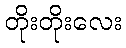
တိုးတိုးလေး